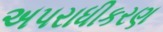
અપરાધીકરણ